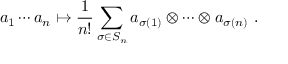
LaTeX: a _ { 1 } \cdots a _ { n } \mapsto { \frac { 1 } { n ! } } \sum _ { \sigma \in S _ { n } } a _ { \sigma ( 1 ) } \otimes \cdots \otimes a _ { \sigma ( n ) } ~ .